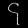
Digit: ၄